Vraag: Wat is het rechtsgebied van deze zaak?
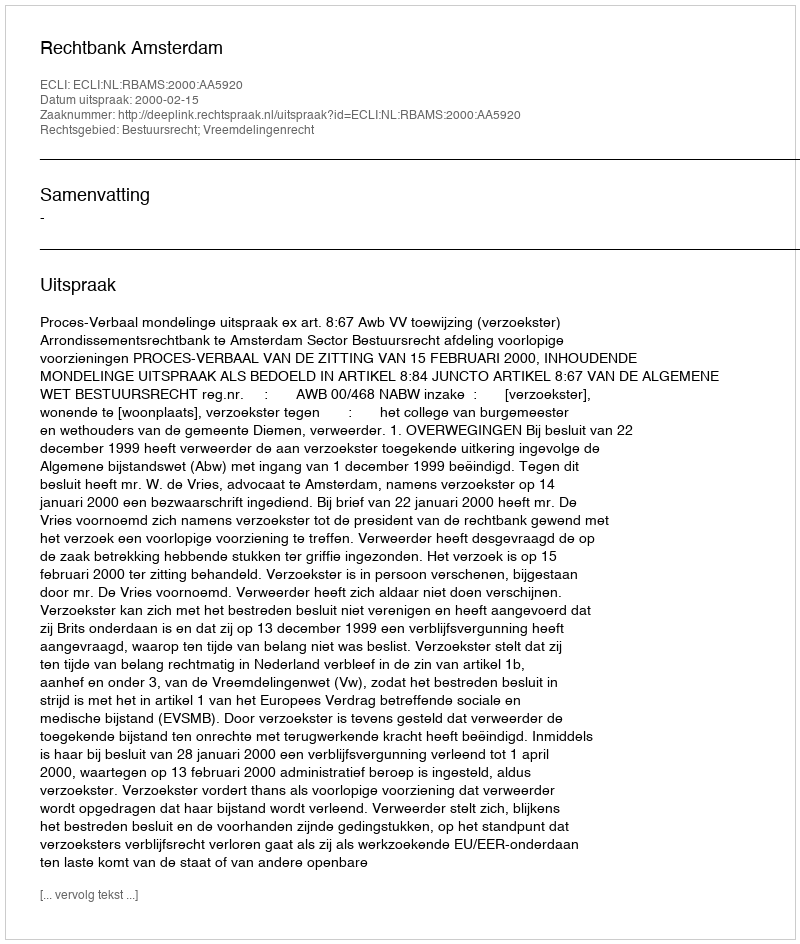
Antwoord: Bestuursrecht; Vreemdelingenrecht